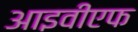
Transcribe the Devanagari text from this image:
आइवीएफ